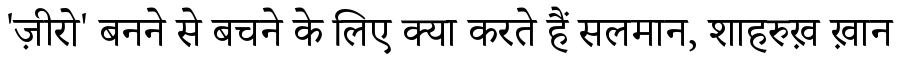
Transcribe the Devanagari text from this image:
'ज़ीरो' बनने से बचने के लिए क्या करते हैं सलमान, शाहरुख़ ख़ान